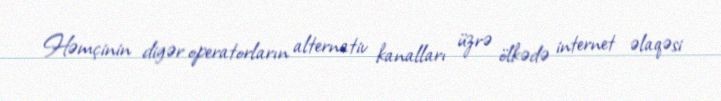
Həmçinin digər operatorların alternativ kanalları üzrə ölkədə internet əlaqəsi